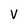
Character: V